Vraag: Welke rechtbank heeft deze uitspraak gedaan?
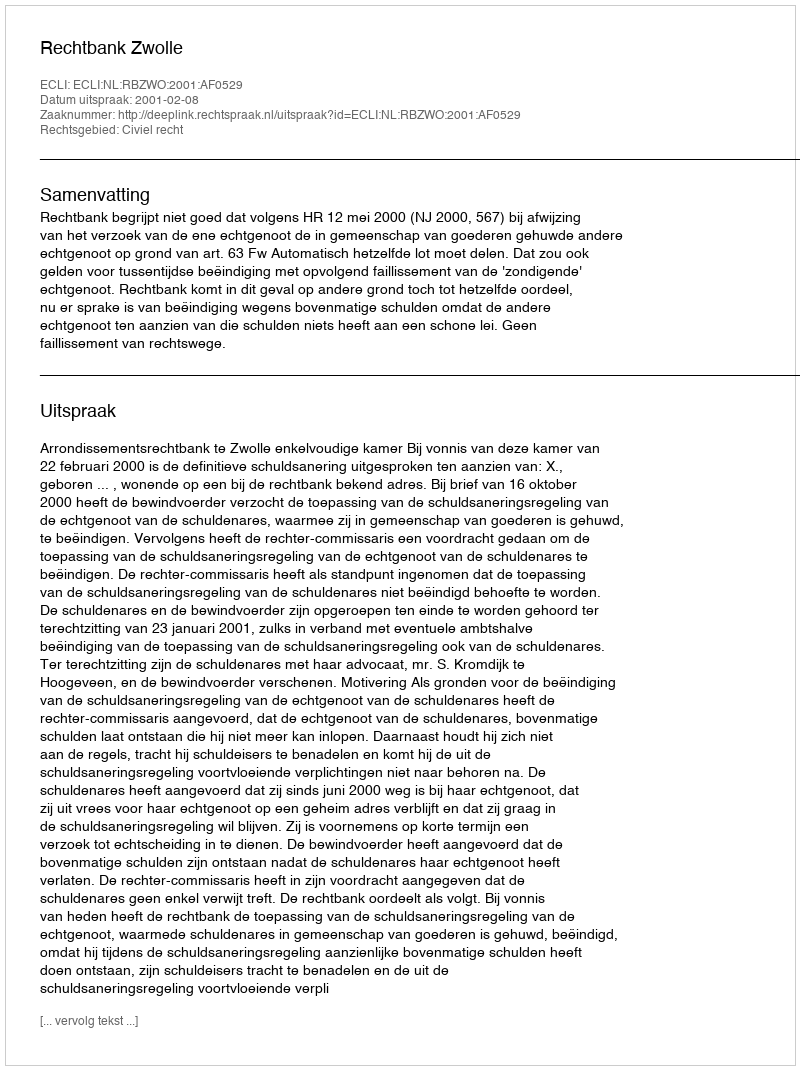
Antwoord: Rechtbank Zwolle